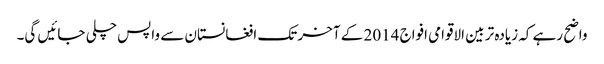
واضح رہے کہ زیادہ تر بین الاقوامی افواج 2014 کے آخر تک افغانستان سے واپس چلی جائیں گی۔